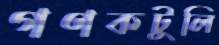
গণকটুলি